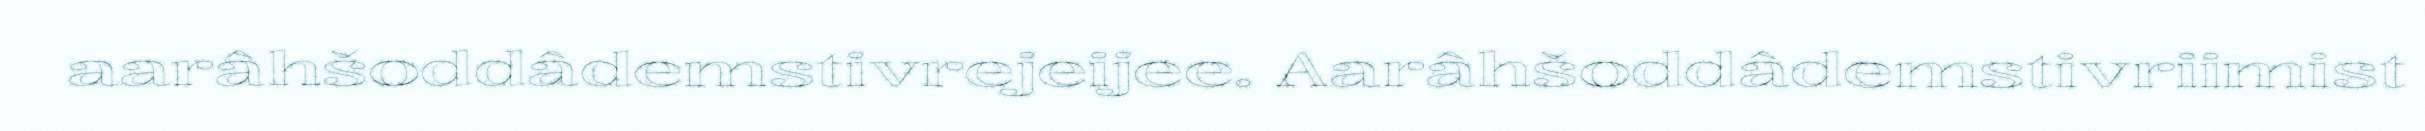
aarâhšoddâdemstivrejeijee. Aarâhšoddâdemstivriimist